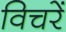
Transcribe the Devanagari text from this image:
विचरें